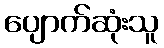
ပျောက်ဆုံးသူ